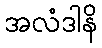
အလံဒါနိ